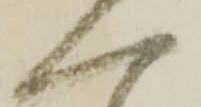
へ